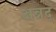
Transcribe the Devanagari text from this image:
अन्नद्